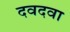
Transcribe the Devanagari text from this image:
दवदवा